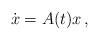
LaTeX: \begin{align*} \dot x=A(t)x\,,\end{align*}